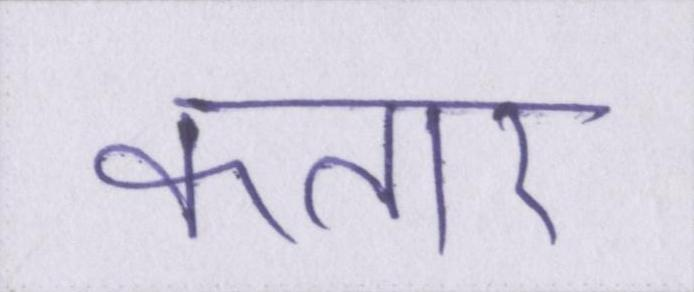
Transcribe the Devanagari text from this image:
कतार